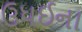
ઉધઈના